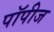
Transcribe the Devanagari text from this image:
पॉपीज